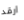
ارقد